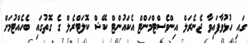
ގައި ހުޅުވާފައިވާ ޖެނެރަލް އިންވެސްޓްމަންޓް އެކައުންޓް ކޭޝް ކޮލަޓްރެލް ގެ ގޮތުގައި ބެހެއްޓުމަށް